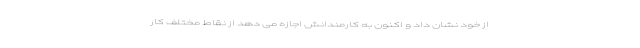
از خود نشان داد و اکنون به کارمندانش اجازه می دهد از نقاط مختلف کار